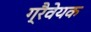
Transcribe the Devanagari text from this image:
ग्रैवेयक